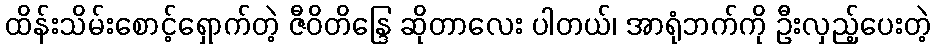
ထိန်းသိမ်းစောင့်ရှောက်တဲ့ ဇီဝိတိန္ဒြေ ဆိုတာလေး ပါတယ်၊ အာရုံဘက်ကို ဦးလှည့်ပေးတဲ့